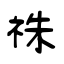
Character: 祩